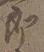
郎